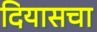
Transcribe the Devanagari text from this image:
दियासचा